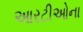
આરટીઓના